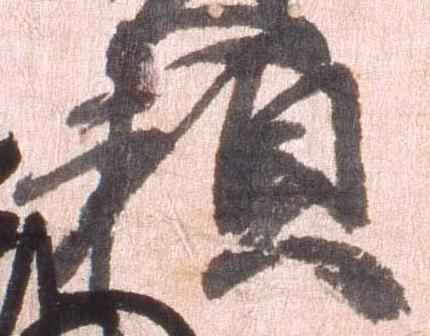
頼